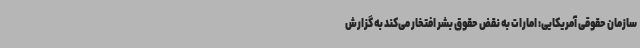
سازمان حقوقی آمریکایی: امارات به نقض حقوق بشر افتخار می‌کند به گزارش